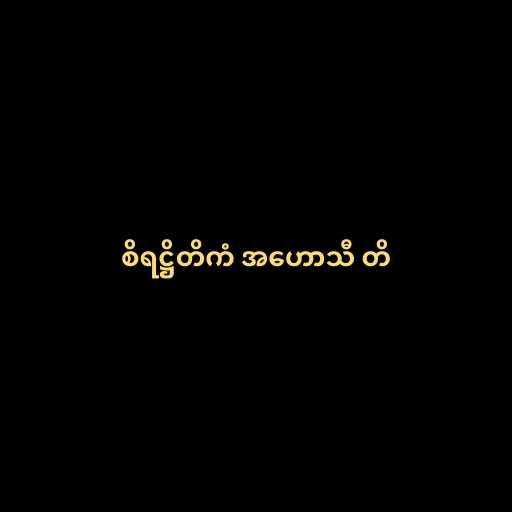
စိရဋ္ဌိတိကံ အဟောသီ တိ